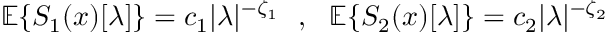
{ \mathbb E } \{ S _ { 1 } ( x ) [ \lambda ] \} = c _ { 1 } | \lambda | ^ { - \zeta _ { 1 } } ~ ~ , ~ ~ { \mathbb E } \{ S _ { 2 } ( x ) [ \lambda ] \} = c _ { 2 } | \lambda | ^ { - \zeta _ { 2 } }